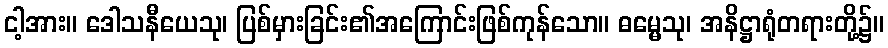
ငါ့အား။ ဒေါသနီယေသု၊ ပြစ်မှားခြင်း၏အကြောင်းဖြစ်ကုန်သော။ ဓမ္မေသု၊ အနိဋ္ဌာရုံတရားတို့၌။